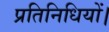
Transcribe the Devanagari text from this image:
प्रतिनिधियों।